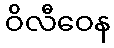
ဝိလီဝေန